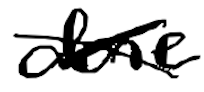
Text: done
Cross-out: cross
Writing tool: digital_black